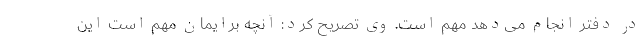
در دفتر انجام می‌دهد مهم است. وی تصریح کرد: آنچه برایمان مهم است این